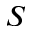
S